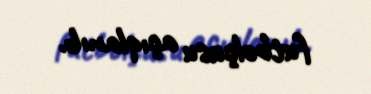
futbolçusu açıqlanıb.